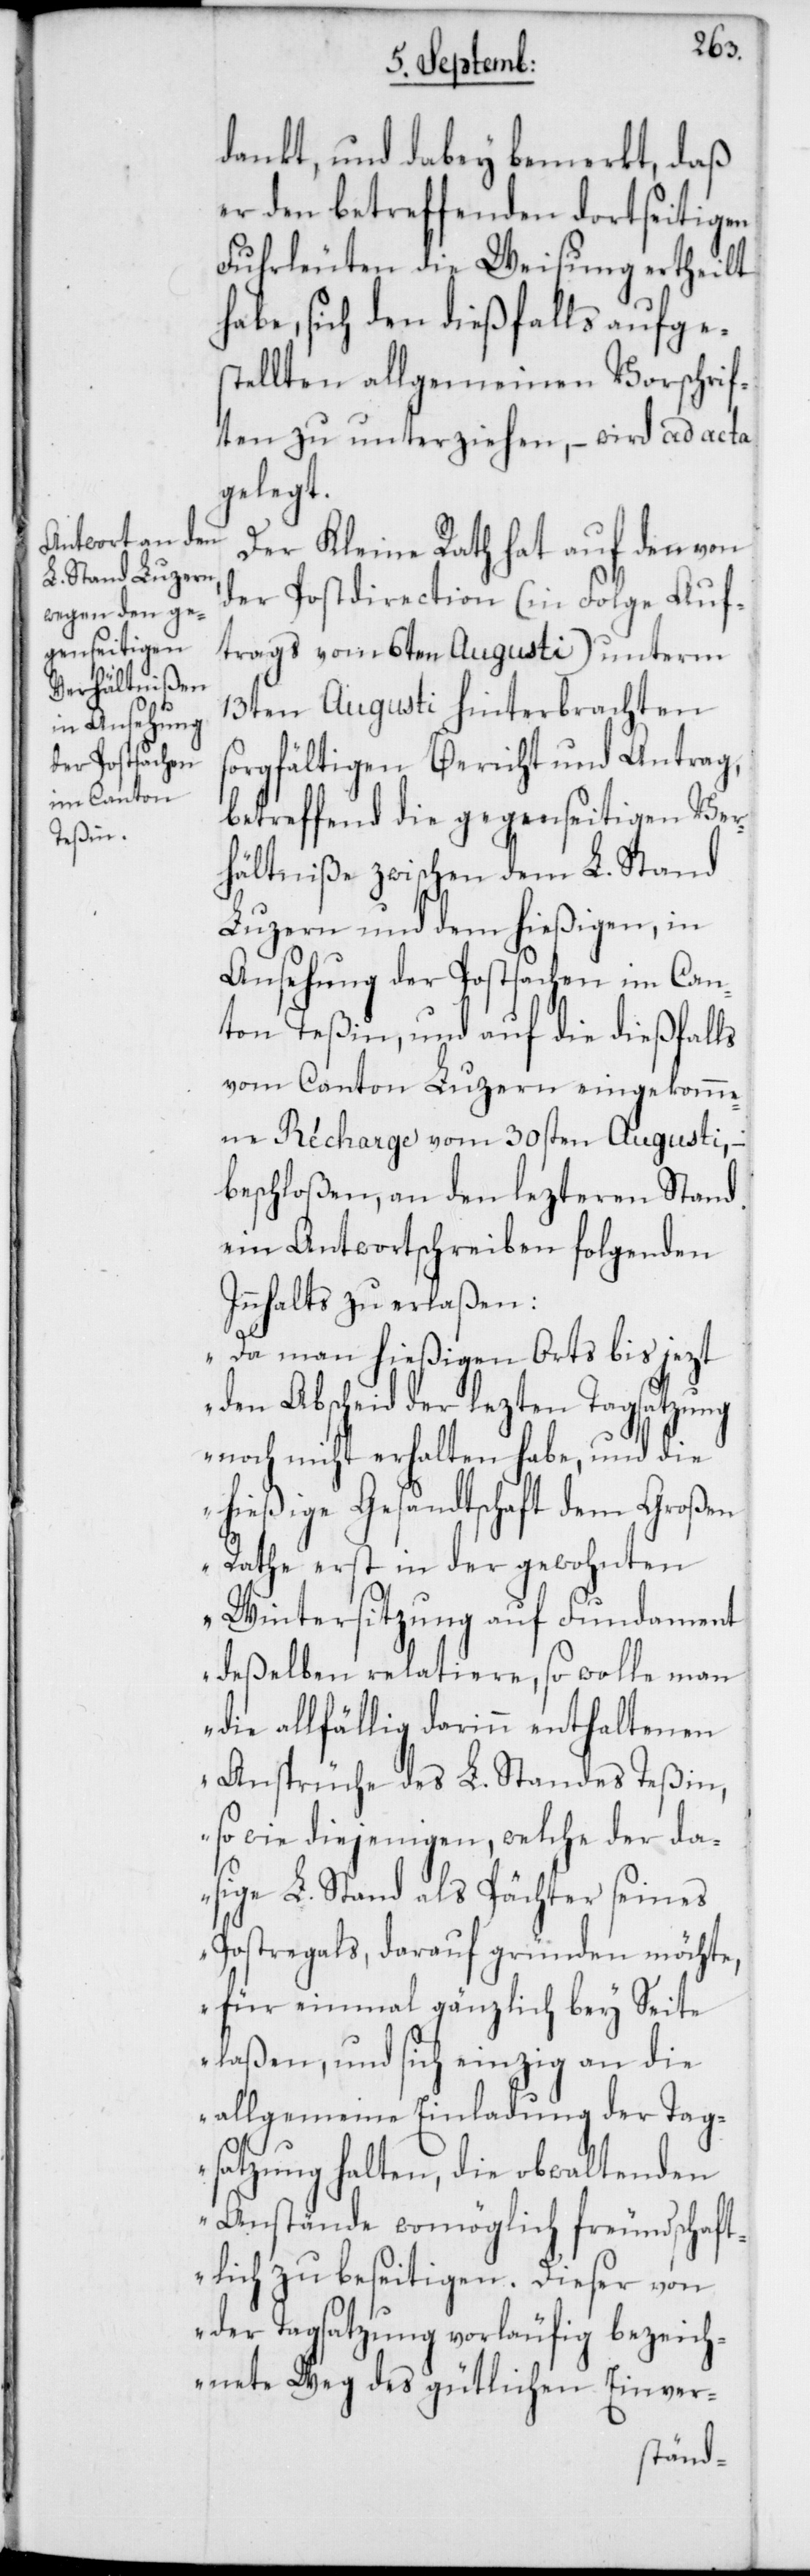
dankt, und dabey bemerkt, daß
er den betreffenden dortseitigen
Fuhrleuten die Weisung ertheilt
habe, sich den dießfalls aufges¬
tellten allgemeinen Vorschrif¬
ten zu unterziehen, – wird ad acta
gelegt.
Der Kleine Rath hat auf den von
der Postdirection (in Folge Auf¬
trags vom 6ten Augusti) unterm
13ten Augusti hinterbrachten
sorgfältigen Bericht und Antrag,
betreffend die gegenseitigen Ver¬
hältniße zwischen dem L. Stand
Luzern und dem hießigen, in
Ansehung der Postsachen im Can¬
ton Teßin, und auf die dießfalls
vom Canton Luzern eingekomme¬
ne Récharge vom 30sten Augusti, –
beschloßen, an den lezteren Stand
ein Antwortschreiben folgenden
Innhalts zu erlaßen:
„Da man hießigen Orts bis jezt
den Abscheid der lezten Tagsatzung
noch nicht erhalten habe, und die
hießige Gesandtschaft dem Großen
Rathe erst in der gewohnten
Wintersitzung auf Fundament
deßelben relatiere, so wolle man
die allfällig darinn enthaltenen
Ansprüche des L. Standes Teßin,
so wie diejenigen, welche der da¬
sige L. Stand als Pächter seines
Postregals, darauf gründen möchte,
für einmal gänzlich bey Seite
laßen, und sich einzig an die
allgemeine Einladung der Tag¬
satzung halten, die obwaltenden
Anstände womöglich freundschaft¬
lich zu beseitigen. Dieser von
der Tagsatzung vorläufig bezeich¬
nete Weg des gütlichen Einver-